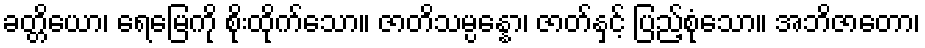
ခတ္တိယော၊ ရေမြေကို စိုးထိုက်သော။ ဇာတိသမ္ပန္နော၊ ဇာတ်နှင့် ပြည့်စုံသော။ အဘိဇာတော၊